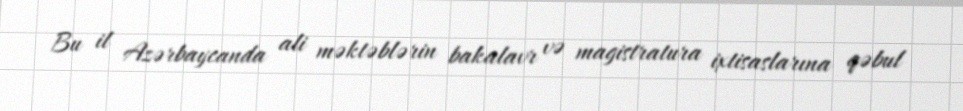
Bu il Azərbaycanda ali məktəblərin bakalavr və magistratura ixtisaslarına qəbul